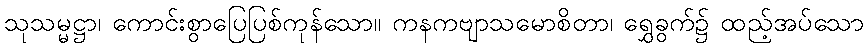
သုသမ္မဋ္ဌာ၊ ကောင်းစွာပြေပြစ်ကုန်သော။ ကနကဗျာသမောစိတာ၊ ရွှေခွက်၌ ထည့်အပ်သော